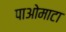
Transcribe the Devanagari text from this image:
पाओमाटा